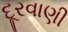
દૂરવાણી